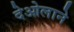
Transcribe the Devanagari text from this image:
देओलाने